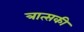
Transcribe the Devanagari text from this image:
त्रात्सकी